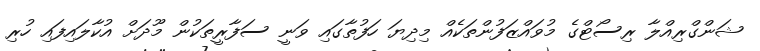
ޝަންގްރިއްލާ ރިސޯޓްގެ މުވައްޒަފުންތަކެއް މިދިޔަ ހަފުތާގައި ވަނީ ސަފާރީތަކުން މޫދަށް އުކާލައިފައި ހުރި